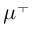
\mu ^ { + }